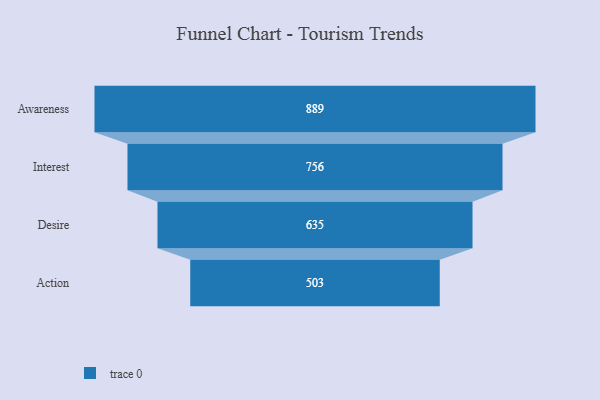
{"axis": {"x": "Stage", "y": "Value"}, "legend": [""], "data": [{"x": "Awareness", "y": 889.0, "type": ""}, {"x": "Interest", "y": 756.0, "type": ""}, {"x": "Desire", "y": 635.0, "type": ""}, {"x": "Action", "y": 503.0, "type": ""}]}